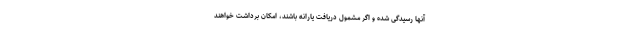
آنها رسیدگی شده و اگر مشمول دریافت یارانه باشند، امکان برداشت خواهند